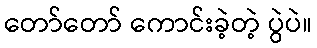
တော်တော် ကောင်းခဲ့တဲ့ ပွဲပဲ။